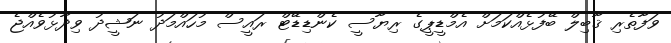
ވަފާތެރި ޤާބިލް ބޭފުޅެއްކަމަށް އެމްޑީޕީގެ ރިޔާސީ ކެންޑިޑޭޓް ރައީސް މުހައްމަދު ނަޝީދު ވިދާޅުވެއްޖެ